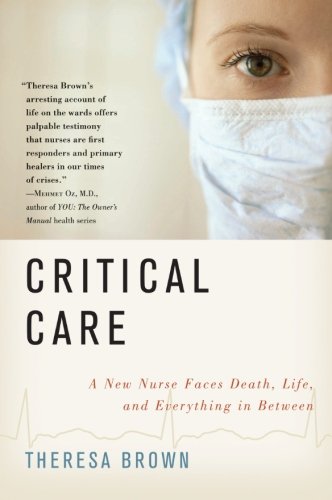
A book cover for Critical Care: A New Nurse Faces Death, Life, and Everything in Between; Theresa Brown; Biographies & Memoirs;